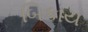
બિકાય